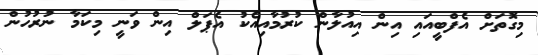
މިގޮތަށް އެފްބީއައި އިން އިއުލާން ކުރުމާއިއެކު އެޕަލް އިން ވަނީ މިކަމާ ނުރުހުން